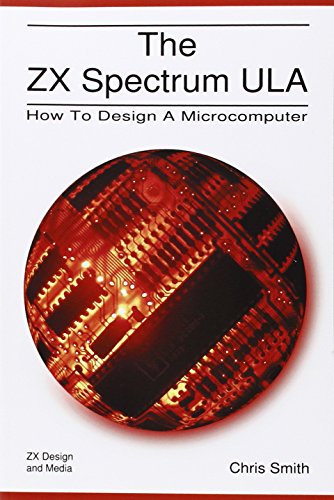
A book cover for The ZX Spectrum Ula: How to Design a Microcomputer (ZX Design Retro Computer); Christopher David Smith; Computers & Technology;